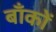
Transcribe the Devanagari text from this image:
बाँकों